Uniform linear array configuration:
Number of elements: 32
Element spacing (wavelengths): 1
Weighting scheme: binomial
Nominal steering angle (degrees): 15
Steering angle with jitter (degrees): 15.23
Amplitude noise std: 0.05
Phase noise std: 0.05

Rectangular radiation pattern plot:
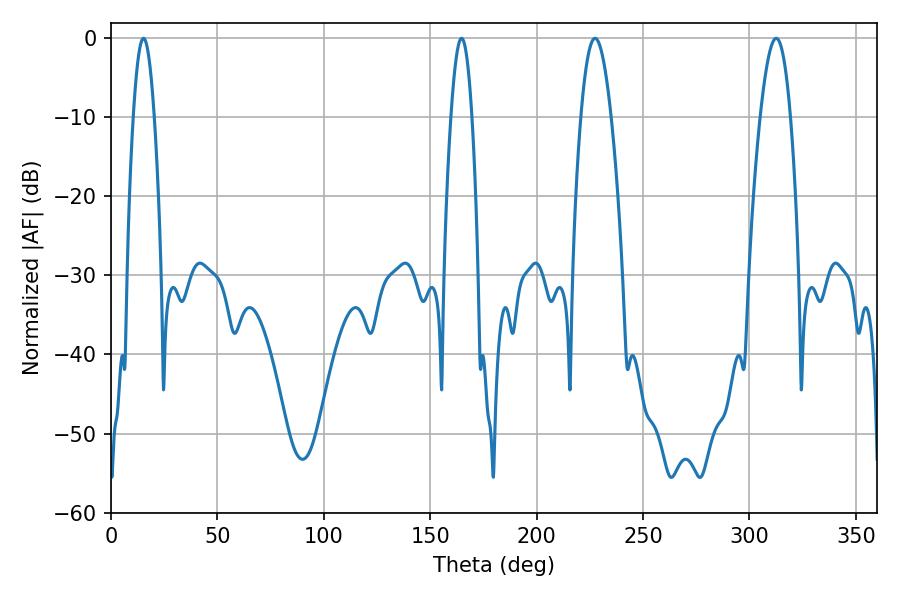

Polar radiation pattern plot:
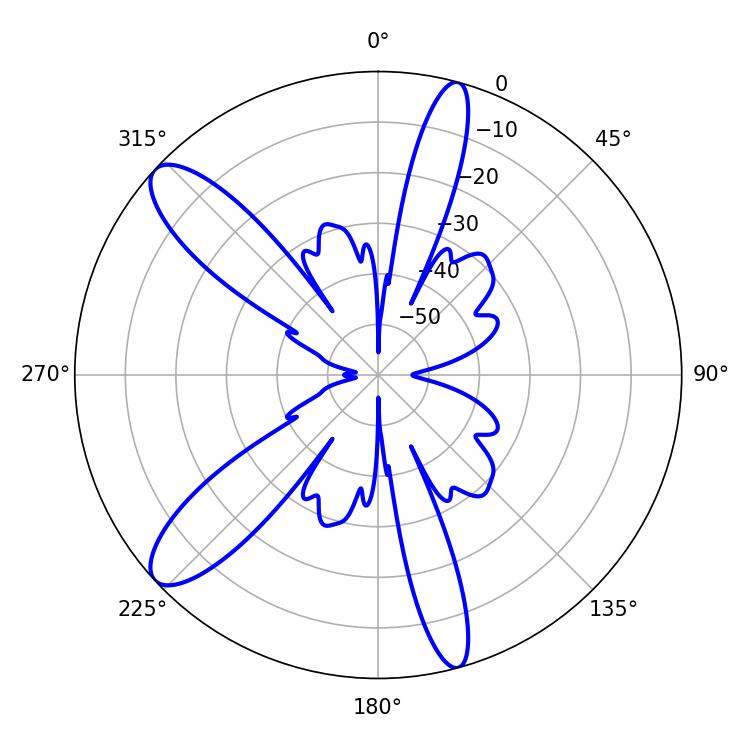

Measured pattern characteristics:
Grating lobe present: TRUE
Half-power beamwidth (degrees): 5.4
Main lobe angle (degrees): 15.3